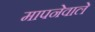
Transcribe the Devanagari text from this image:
मापनेवाले